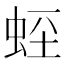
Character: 𧊻